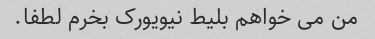
من می خواهم بلیط نیویورک بخرم لطفا.